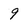
Character: 9